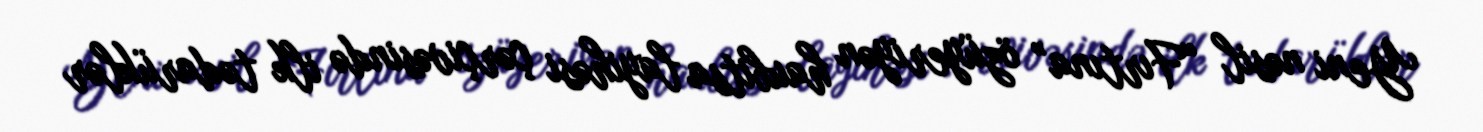
Yeni nəsil “Fırtına” özüyeriyən haubitsa layihəsi çərçivəsində ilk tədarüklər